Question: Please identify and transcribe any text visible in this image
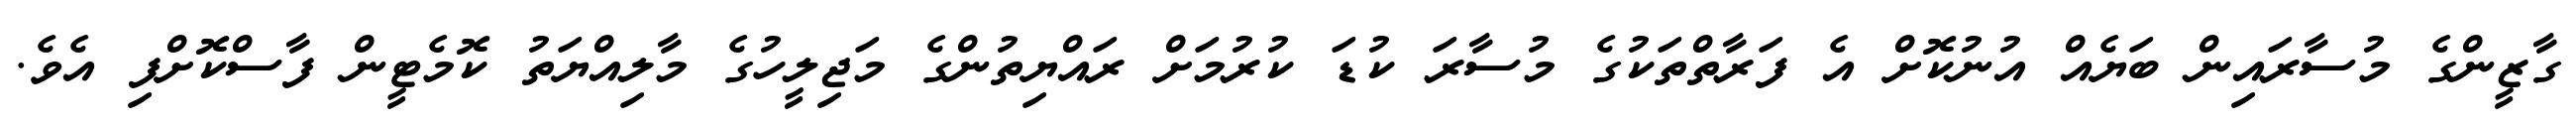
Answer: ގާޒީންގެ މުސާރައިން ބަޔެއް އުނުކޮށް އެ ފަރާތްތަކުގެ މުސާރަ ކުޑަ ކުރުމަށް ރައްޔިތުންގެ މަޖިލީހުގެ މާލިއްޔަތު ކޮމެޓީން ފާސްކޮށްފި އެވެ.